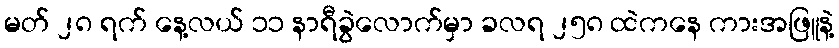
မတ် ၂၈ ရက် နေ့လယ် ၁၁ နာရီခွဲလောက်မှာ ခလရ ၂၅၈ ထဲကနေ ကားအဖြူနဲ့